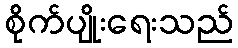
စိုက်ပျိုးရေးသည်